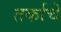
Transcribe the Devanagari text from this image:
तर्काचे